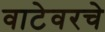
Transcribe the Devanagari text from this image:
वाटेवरचे